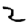
Digit: 2